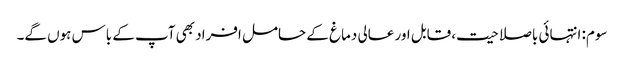
سوم: انتہائی باصلاحیت، قابل اور عالی دماغ کے حامل افراد بھی آپ کے باس ہوں گے۔